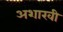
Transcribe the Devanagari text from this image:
अशाखी